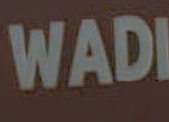
WADI